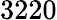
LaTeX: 3220